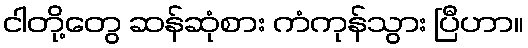
ငါတို့တွေ ဆန်ဆုံစား ကံကုန်သွား ပြီဟာ။